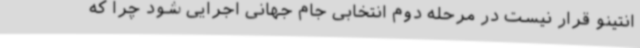
انتینو قرار نیست در مرحله دوم انتخابی جام جهانی اجرایی شود چرا که